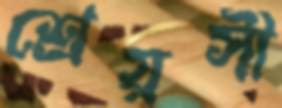
শ্রেয়সী